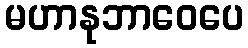
မဟာနုဘာဝေပေ